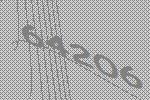
64206